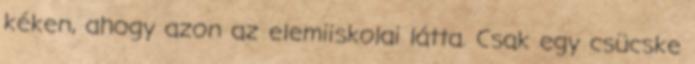
kéken, ahogy azon az elemiiskolai látta. Csak egy csücske